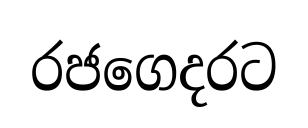
රජගෙදරට